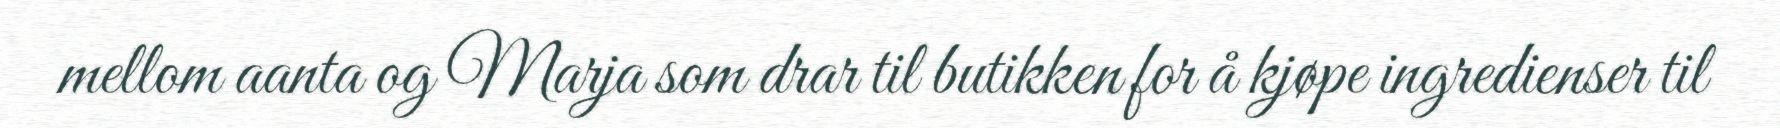
mellom aanta og Marja som drar til butikken for å kjøpe ingredienser til